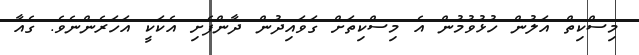
މިސްކިތް އަލުން ހުޅުވުމުން އެ މިސްކިތަށް ގަވައިދުން ދާންފެށި އެކަކީ އަހަރެންނެވެ. ގެއާ